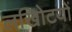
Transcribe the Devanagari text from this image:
लखोिटयों